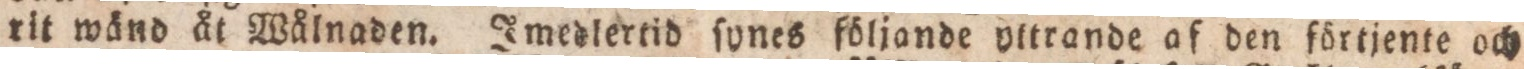
rit wånd åt Wålnaden. Imedlertid ſunes följande yttrande af den förtjente och